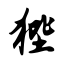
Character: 狴